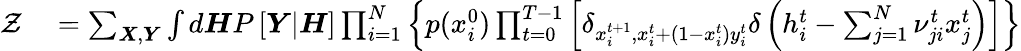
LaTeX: \begin{array}{rl}{\mathcal{Z}}&{{}=\sum_{\boldsymbol{X},\boldsymbol{Y}}\int d\boldsymbol{H}P\left[\boldsymbol{Y}|\boldsymbol{H}\right]\prod_{i=1}^{N}\left\{ p(x_{i}^{0})\prod_{t=0}^{T-1}\left[\delta_{x_{i}^{t+1},x_{i}^{t}+(1-x_{i}^{t})y_{i}^{t}}\delta\left(h_{i}^{t}-\sum_{j=1}^{N}\nu_{ji}^{t}x_{j}^{t}\right)\right]\right\} }\end{array}